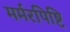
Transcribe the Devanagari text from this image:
मर्मरपिष्टि